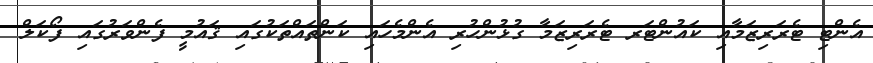
އެންޓި ޓެރަރިޒަމާއި ކައުންޓަރ ޓެރަރިޒަމާ ގުޅުންހުރި އެންމެހައި ކަންތައްތަކުގައި ޤައުމީ ފެންވަރުގައި ފޯކަލް